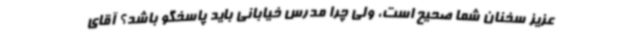
عزیز سخنان شما صحیح است، ولی چرا مدرس خیابانی باید پاسخگو باشد؟ آقای